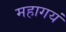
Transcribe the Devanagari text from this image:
महागयं